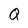
Character: Q